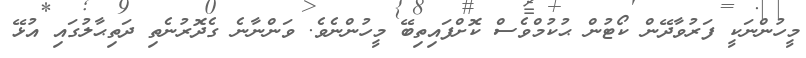
މީހުންނަކީ ފަރުވާދޭން ކޯޓުން ޙުކުމްވެސް ކޮށްފައިތިބޭ މީހުންނެވެ. ވަންނާނެ ގެދޮރުނެތި ދަތިޙާލުގައި އުޅޭ